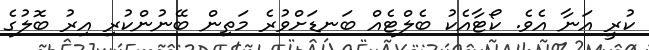
ކުރީ އަނާ އެވެ. ކޯޓާއެކު ބެލްޓެއް ބަނޑަށްވުރެ މަތިން ބޭނުންކުރި އިރު ބޮލުގެ